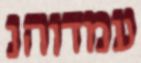
עמדוהנ